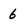
Character: 6